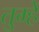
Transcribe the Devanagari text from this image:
तुम्हेें